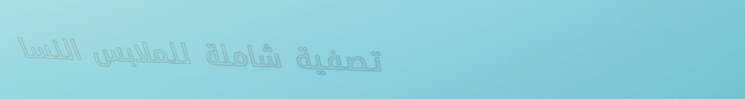
تصفية شاملة للملابس النسا